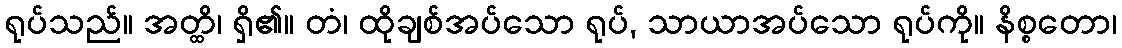
ရုပ်သည်။ အတ္ထိ၊ ရှိ၏။ တံ၊ ထိုချစ်အပ်သော ရုပ်, သာယာအပ်သော ရုပ်ကို။ နိစ္စတော၊